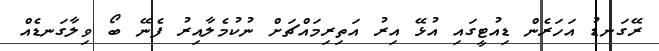
ރޭގަނޑު އަހަރެން ޑިއުޓީގައި އުޅޭ އިިރު އަތިރިމައްޗަށް ނުކުމެލާއިރު ފެނޭ ބޯ ވިލާގަނޑެއް